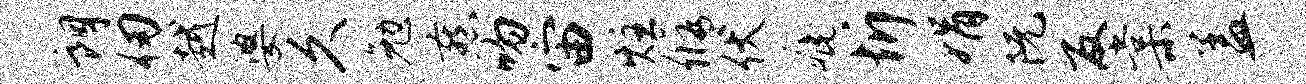
朗仞越婆久勉燕吻宙炷修伏疵忻娟阮反棠盖